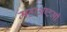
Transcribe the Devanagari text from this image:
महाअष्टमी